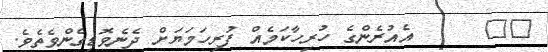
٢١      އެއުރެންގެ ހުރިހާކަމެއް ފުރިހަމަޔަށް ދެނެވޮޑިގެންވެތެވެ.